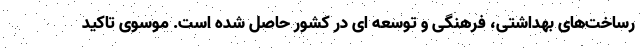
رساخت‌های بهداشتی، فرهنگی و توسعه ای در کشور حاصل شده است. موسوی تاکید